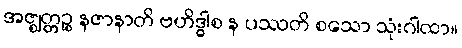
အဇ္ဈတ္တဉ္စ နဇာနာတိ ဗဟိဒ္ဓါစ န ပဿတိ စသော သုံးဂါထာ။